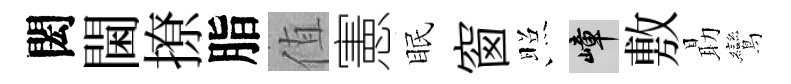
閎閫撩脂值憲眠窗照嶂敷朂鸞